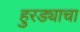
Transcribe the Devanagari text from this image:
हुरड्याचा